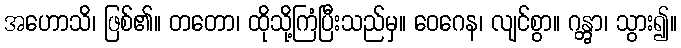
အဟောသိ၊ ဖြစ်၏။ တတော၊ ထိုသို့ကြံပြီးသည်မှ။ ဝေဂေန၊ လျင်စွာ။ ဂန္တွာ၊ သွား၍။